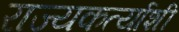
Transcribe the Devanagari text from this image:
राज्यकर्त्याशी